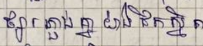
ផ្សារភ្ជាប់គ្នាយ៉ាងជិតស្និត